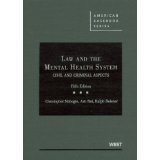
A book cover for Law and the Mental Health System 5th (fifth) edition Text Only; Christopher Slobogin; Law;